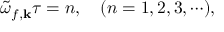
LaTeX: \tilde { \omega } _ { f , { \bf k } } \tau = n , \quad ( n = 1 , 2 , 3 , \cdots ) ,